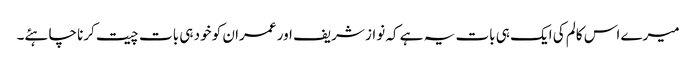
میرے اس کالم کی ایک ہی بات یہ ہے کہ نواز شریف اور عمران کو خود ہی بات چیت کرنا چاہئے۔